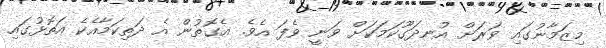
މިޒަމާނުގައި ވަރަށް އުނދަގޫކަމަކަށް ވަނީ ވެފަ އެވެ. އެގޮތުން އެ ދަތިކަމާއެކެ އަތޮޅުގައި